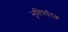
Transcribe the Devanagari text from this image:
भूतिपर्पटक